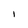
Character: l